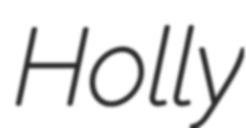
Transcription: Holly